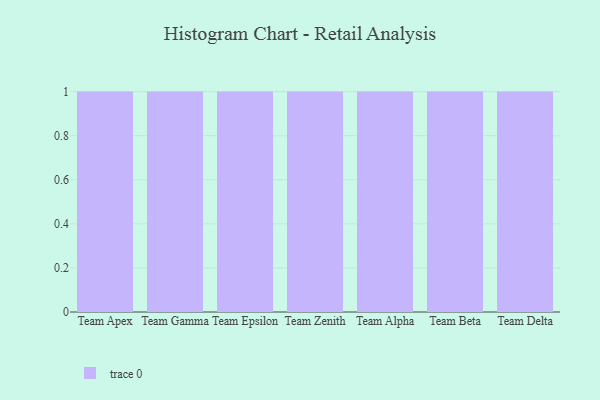
{"axis": {"x": "Team", "y": "Conversion Rate (%)"}, "legend": [""], "data": [{"x": "Team Apex", "y": 100, "type": ""}, {"x": "Team Gamma", "y": 67, "type": ""}, {"x": "Team Epsilon", "y": 6, "type": ""}, {"x": "Team Zenith", "y": 43, "type": ""}, {"x": "Team Alpha", "y": 58, "type": ""}, {"x": "Team Beta", "y": 11, "type": ""}, {"x": "Team Delta", "y": 47, "type": ""}]}